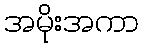
အမိုးအကာ